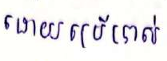
ដោយប្រើប្រាស់